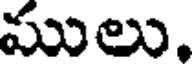
ములు.